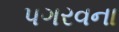
પગરવના